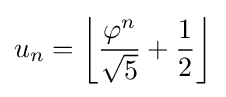
u_{n}=\left\lfloor {{\varphi ^{n} \over {\sqrt {5}}}+{\frac {1}{2}}}\right\rfloor